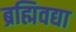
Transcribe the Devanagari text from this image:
ब्रह्मिवद्या